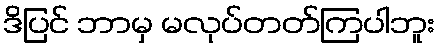
ဒိပြင် ဘာမှ မလုပ်တတ်ကြပါဘူး